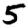
Digit: 5